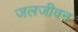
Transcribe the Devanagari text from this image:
जलजीवन